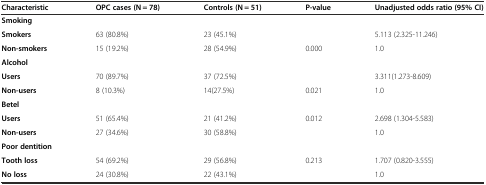
<table><thead><tr><td><b>Characteristic</b></td><td><b>OPC cases (N = 78)</b></td><td><b>Controls (N = 51)</b></td><td><b>P<i>-</i>value</b></td><td><b>Unadjusted odds ratio (95% CI)</b></td></tr></thead><tbody><tr><td><b>Smoking</b></td><td></td><td></td><td></td><td></td></tr><tr><td><b>Smokers</b></td><td>63 (80.8%)</td><td>23 (45.1%)</td><td></td><td>5.113 (2.325-11.246)</td></tr><tr><td><b>Non-smokers</b></td><td>15 (19.2%)</td><td>28 (54.9%)</td><td>0.000</td><td>1.0</td></tr><tr><td><b>Alcohol</b></td><td></td><td></td><td></td><td></td></tr><tr><td><b>Users</b></td><td>70 (89.7%)</td><td>37 (72.5%)</td><td></td><td>3.311(1.273-8.609)</td></tr><tr><td><b>Non-users</b></td><td>8 (10.3%)</td><td>14(27.5%)</td><td>0.021</td><td>1.0</td></tr><tr><td><b>Betel</b></td><td></td><td></td><td></td><td></td></tr><tr><td><b>Users</b></td><td>51 (65.4%)</td><td>21 (41.2%)</td><td>0.012</td><td>2.698 (1.304-5.583)</td></tr><tr><td><b>Non-users</b></td><td>27 (34.6%)</td><td>30 (58.8%)</td><td></td><td>1.0</td></tr><tr><td><b>Poor dentition</b></td><td></td><td></td><td></td><td></td></tr><tr><td><b>Tooth loss</b></td><td>54 (69.2%)</td><td>29 (56.8%)</td><td>0.213</td><td>1.707 (0.820-3.555)</td></tr><tr><td><b>No loss</b></td><td>24 (30.8%)</td><td>22 (43.1%)</td><td></td><td>1.0</td></tr></tbody></table>